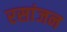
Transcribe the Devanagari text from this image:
रसांजन